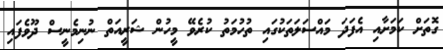
ގޮތަށް ކަމަށާއި އެފަދަ މައްސަލަތަކުގައި ތުހުމަތު ކުރެވޭ މީހުން ޝަރީއަތް ނުނިމެނީސް ދޫވެފައި